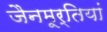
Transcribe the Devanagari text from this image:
जैनमूर्तियां